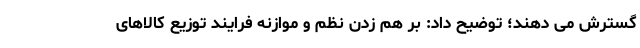
گسترش می دهند؛ توضیح داد: بر هم زدن نظم و موازنه فرایند توزیع کالاهای